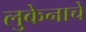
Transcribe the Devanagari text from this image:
लुकेनाचे